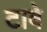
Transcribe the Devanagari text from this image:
टाबे